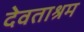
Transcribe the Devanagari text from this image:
देवताश्रम